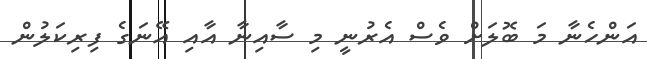
އަންހެނާ މަ ބޮލަށް ވެސް އެރުނީ މި ސާއިނާ އާއި އޭނަގެ ފިރިކަލުން